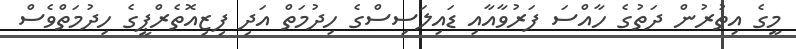
މީގެ އިތުރުން ދަތުގެ ހާއްސަ ފަރުވާއާއި ޑައިލަސިސްގެ ހިދުމަތް އަދި ފިޒިއޮތެރްޕީގެ ހިދުމަތްވެސް